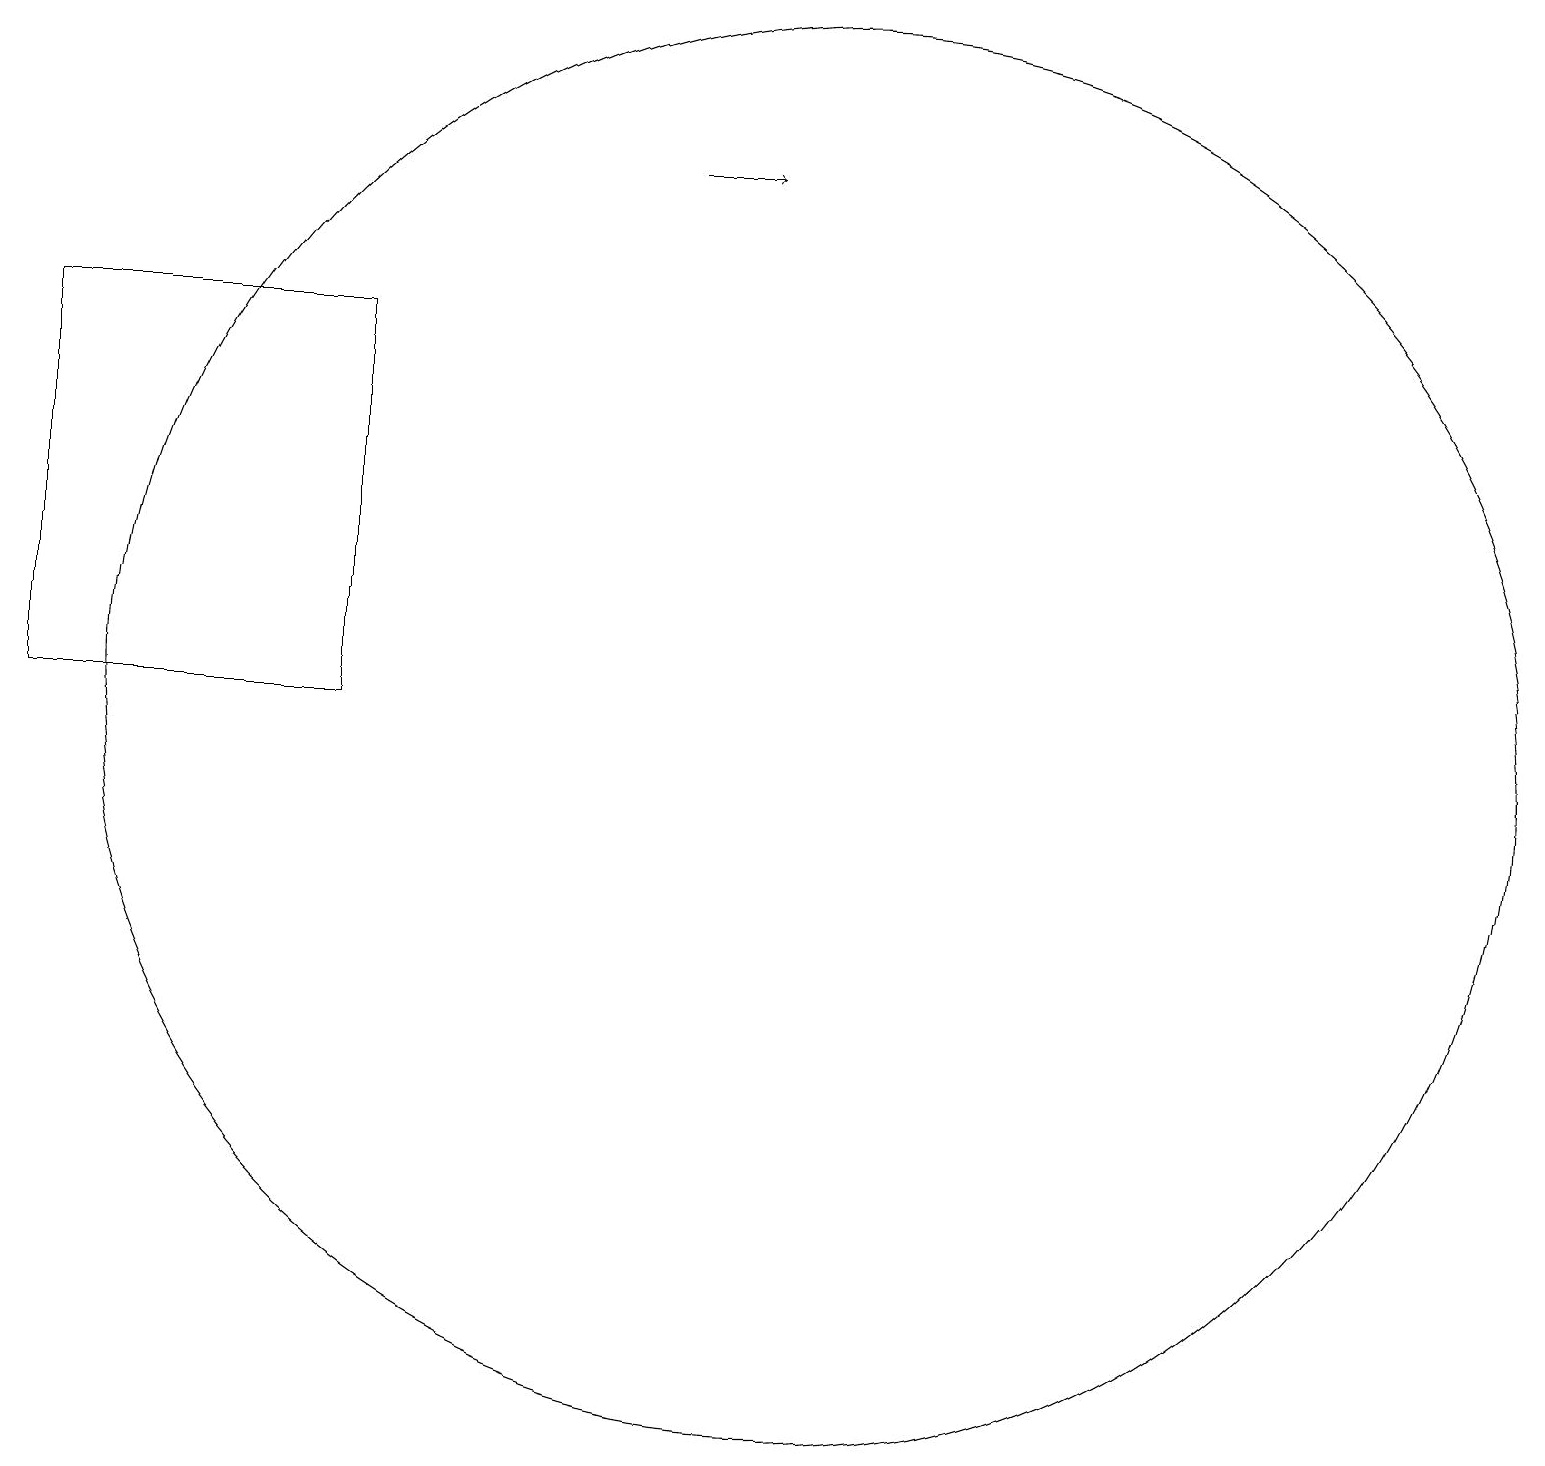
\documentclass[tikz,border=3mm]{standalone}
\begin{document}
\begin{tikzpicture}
\draw[->] (8,17) -- (9,17);
\draw (0,10) rectangle (4,15);
\draw (10,10) circle (9);
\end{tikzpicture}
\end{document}